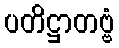
ပတိဋ္ဌာတဗ္ဗံ